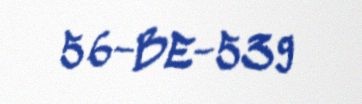
56-BE-539